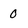
Character: 0